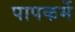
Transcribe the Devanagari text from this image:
पापकर्मे